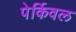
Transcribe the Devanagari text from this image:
पेर्किवल